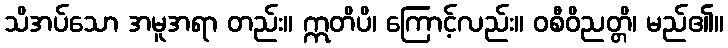
သိအပ်သော အမူအရာ တည်း။ ဣတိပိ၊ ကြောင့်လည်း။ ဝစီဝိညတ္တိ၊ မည်၏။